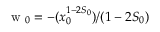
\mathrm { ~ w ~ } _ { 0 } = - ( x _ { 0 } ^ { 1 - 2 S _ { 0 } } ) / ( 1 - 2 S _ { 0 } )